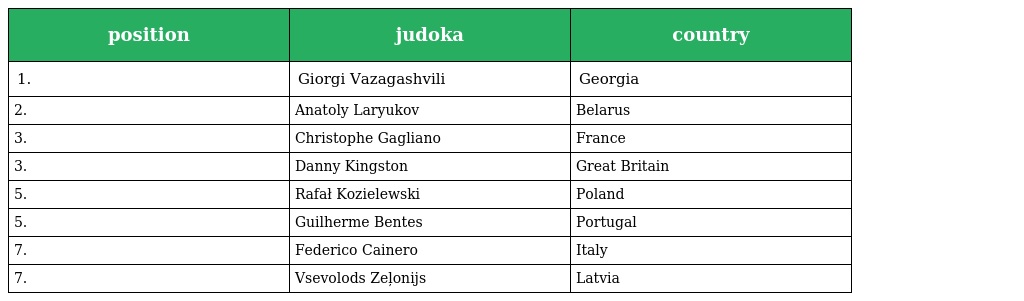
| position | judoka | country |
 | --- | --- | --- |
 | 1. | Giorgi Vazagashvili | Georgia |
 | 2. | Anatoly Laryukov | Belarus |
 | 3. | Christophe Gagliano | France |
 | 3. | Danny Kingston | Great Britain |
 | 5. | Rafał Kozielewski | Poland |
 | 5. | Guilherme Bentes | Portugal |
 | 7. | Federico Cainero | Italy |
 | 7. | Vsevolods Zeļonijs | Latvia |